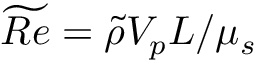
\widetilde { R e } = \widetilde { \rho } V _ { p } L / \mu _ { s }